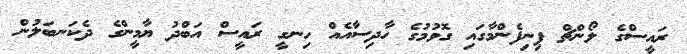
ރައީސްގެ ލޯންޗް ފިނިފެންމާގައި ގޮވުމުގެ ހާދިސާއެއް ހިނގީ ރައީސް އަބްދު ޔާމީންގެ ދެކަނބަލުން